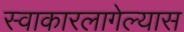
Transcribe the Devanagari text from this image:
स्वाकारलागेल्यास